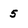
Character: 5